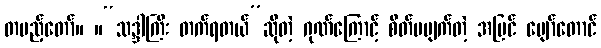
တပည့်တော်။ ။“သဒ္ဒါကြီး တက်ရတယ်”ဆိုတဲ့ ဂုဏ်ကြောင့် စိတ်မပျက်တဲ့ အပြင် ပျော်တောင်